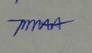
Signature authenticity: genuine